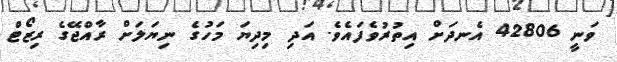
ވަނީ 42806 އެނދަށް އިތުރުވެފައެވެ. އަދި މިދިޔަ މަހުގެ ނިޔަލަށް ރާއްޖޭގެ ރިޒޯޓް